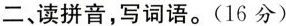
二、读拼音，写词语。(16分)